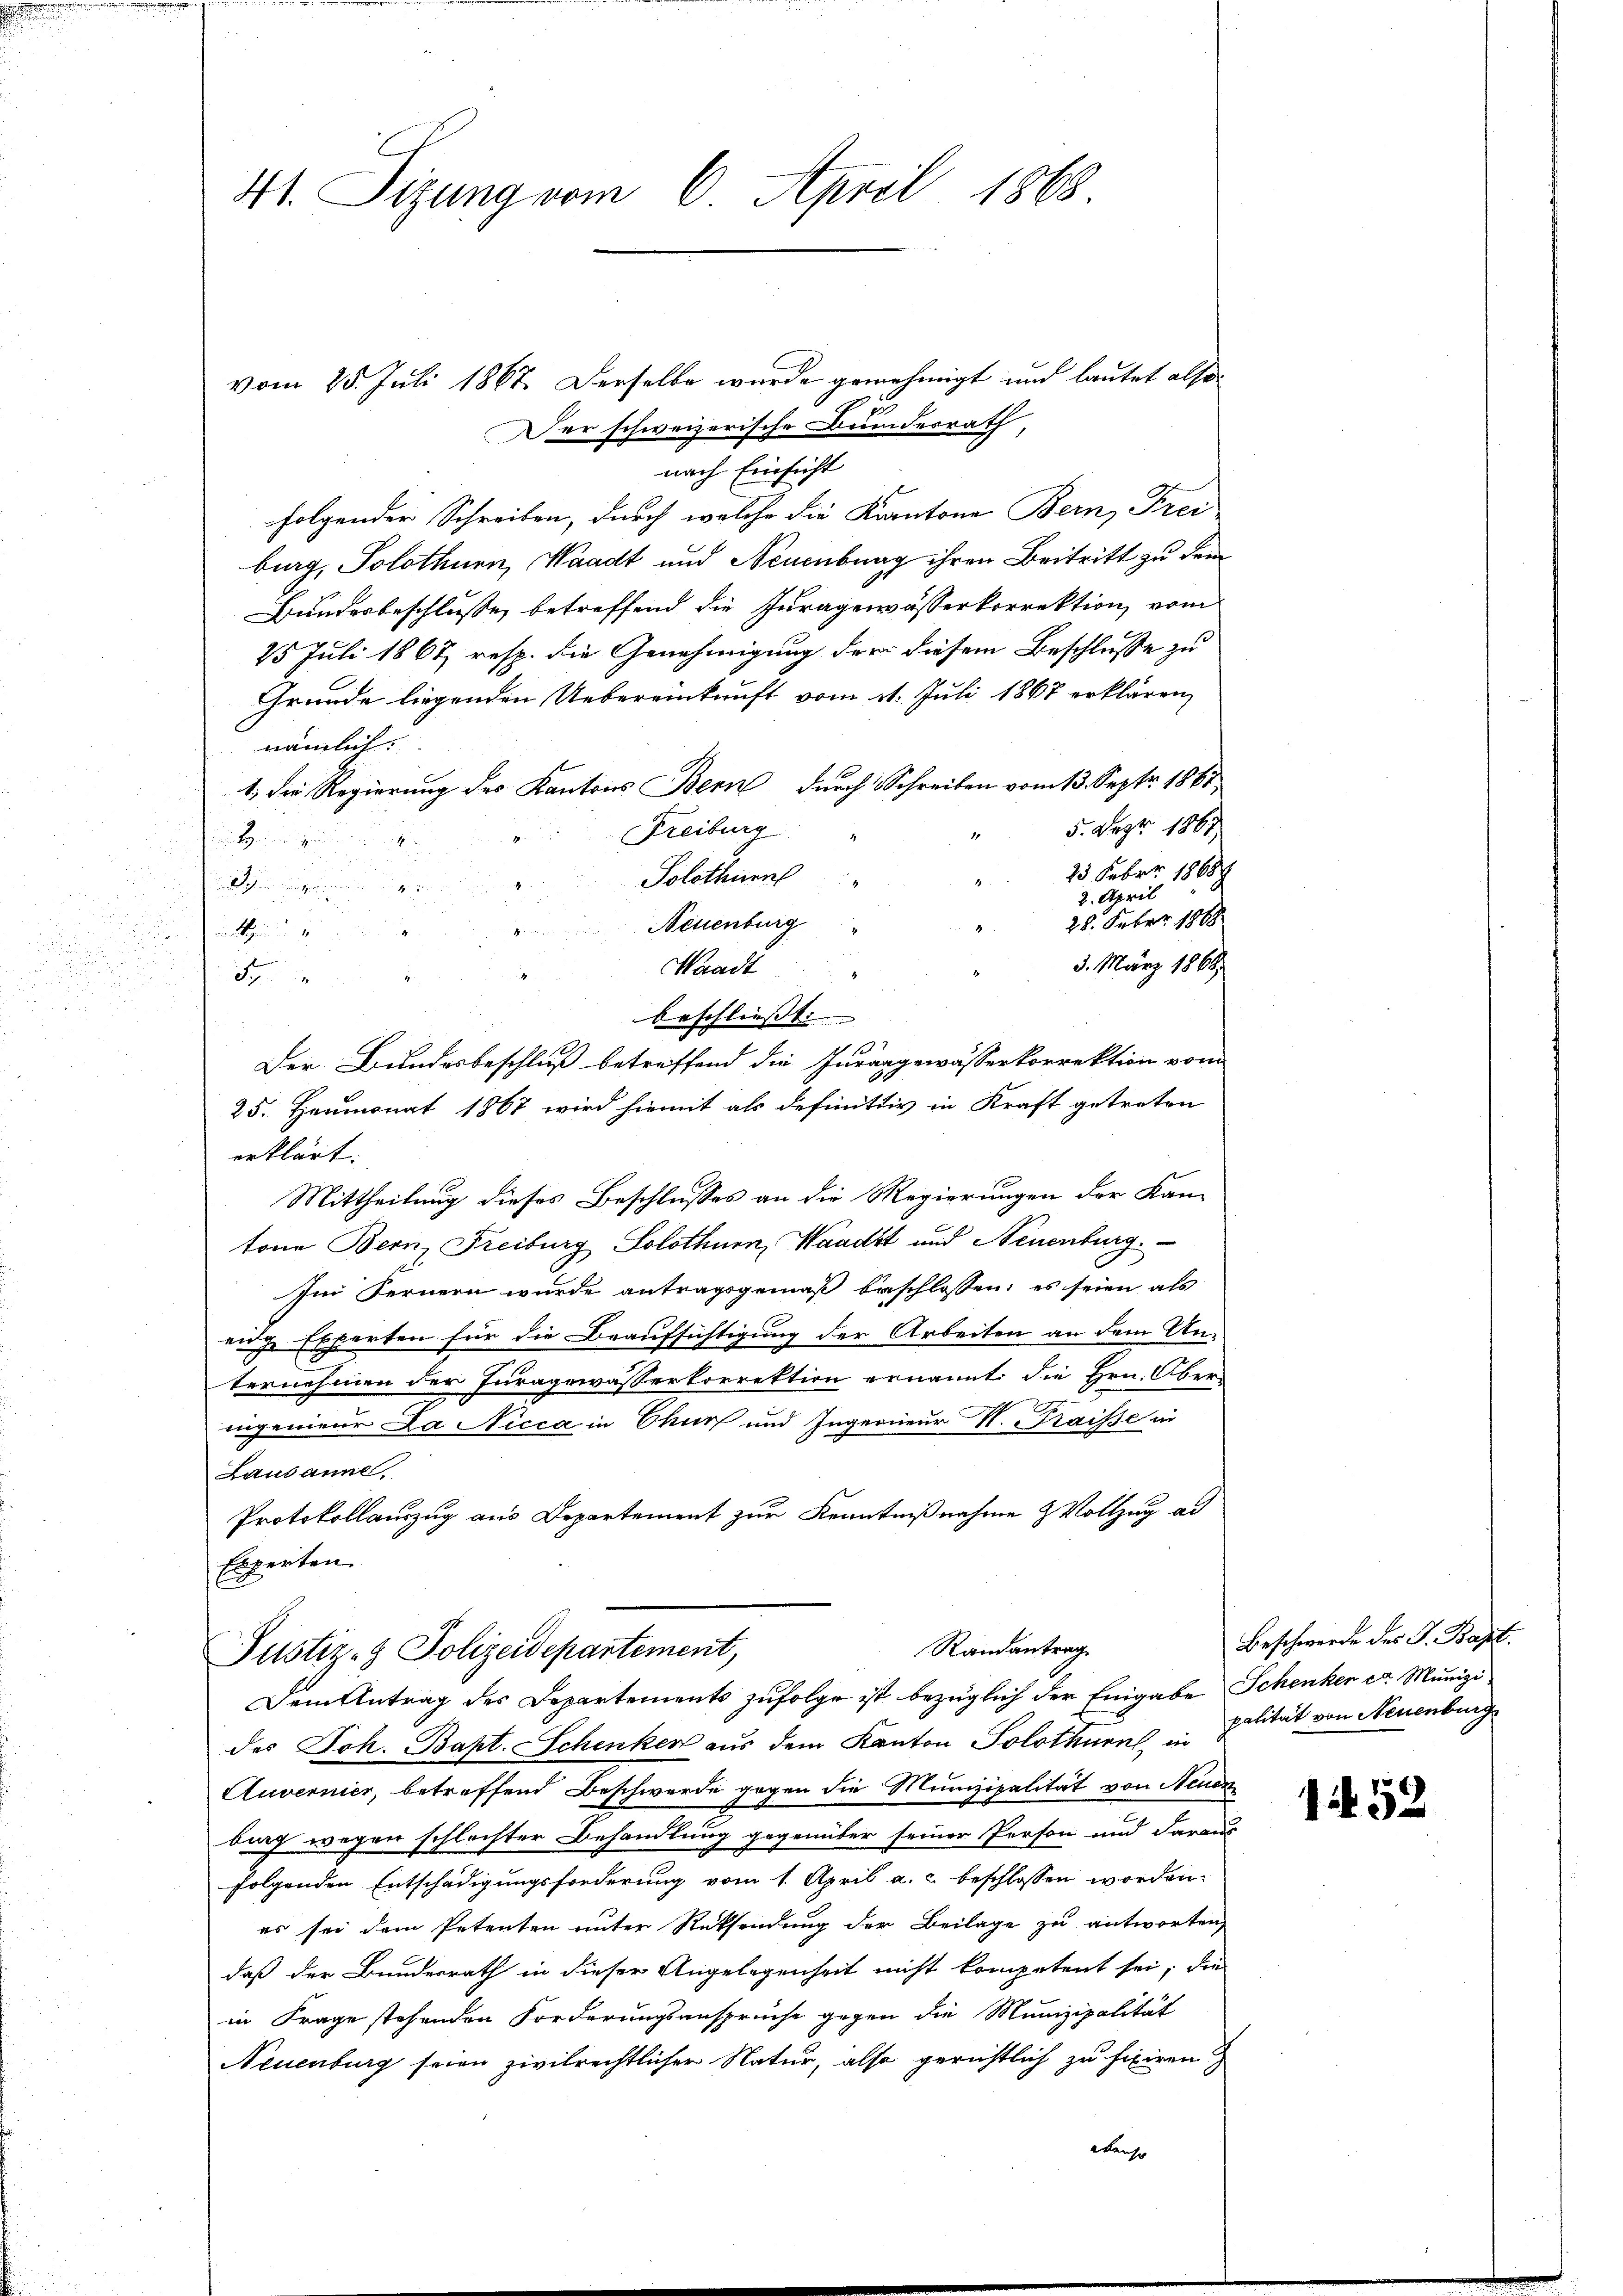
41. Sizung vom 6. April 1868.

vom 25. Juli 1867. Derselbe wurde genehmigt und lautet also
Der schweizerische Bundesrath,
nach Einsicht
folgender Schreiben, durch welche die Kantone Bern, Frei
burg, Solothurn, Waadt und Neuenburg ihren Beitritt zu dem
Bunderbeschlusse, betreffend die Juragewässerkorrektion, vom
25 Juli 1867, resp. die Genehmigung der diesem Beschlusse zu
Grunde liegenden Uebereinkunft vom 11. Juli 1867 erklären,
nämlich.
1, die Regierung des Kantons Bern durch Schreiben vom 13. Sept. 1861
5. Dez. 1867,
Freiburg
und in einer den
25 Febr. 1868
Solothurn

2. April
28. Feber 1888
Neuenburg

3. März 1868
Waadt
5
u
beschliesst. |
Der Bundesbeschluß betreffend die Jurangewässerkorrektion von
25. Heumonat 1867 wird hiemit als definitiv in Kraft getreten
erklärt:
Mittheilung dieses Beschlusses an die Regierungen der Kan-
tone Bern Freiburg Solothurn, Waadt und Neuenburg.
Im Fernern wurde antragsgemäß beschlossen: es seien als
euche Experten für die Beaufsichtigung der Arbeiten an dem An-
ternehmen der Juragewasserkorrektion ernannt, die Hrn. Ober-
.
ingenieur La Nicca in Chur und Ingenieur H. Kraisse in
Lausanne.
Protokollauszug aus Departement zur Kenntnißnahme & Vollzug ad
Experten.

des Joh. Bapt. Schenken aus dem Kanton Solothurn, in Palität von Neuenburg
Auvernier, betreffend Beschwerde gegen die Munizipalität von Neuen
bing wegen schlechter Behandlung gegenüber seiner Person und daraus
folgenden Entschädigungsforderung vom 1. April a. c. beschlossen worden.
es sei dem Petenten unter Rüksendung der Beilage zu antworten,
daß der Bundesrath in dieser Angelegenheit nicht kompetent sei, die
in Frage stehenden Forderungsansprüche gegen die Munizipalität
Neuenburg seien zivilrechtlicher Natur, also gerichtlich zu fixiren
eransch

Randantrag
Justiz- & Polizeidepartement,
Dem Antrag des Departements zufolge ist bezüglich der Eingabe Schenken er Munizi

Beschwerde des J. Bapt.

1452